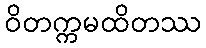
ဝိတက္ကမထိတဿ